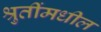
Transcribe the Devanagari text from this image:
श्रुतींमधील